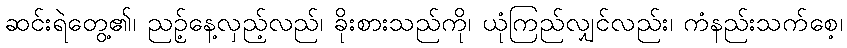
ဆင်းရဲတွေ့၏၊ ညဉ့်နေ့လှည့်လည်၊ ခိုးစားသည်ကို၊ ယုံကြည်လျှင်လည်း၊ ကံနည်းသက်စေ့၊